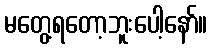
မတွေ့ရတော့ဘူးပေါ့နော်။